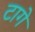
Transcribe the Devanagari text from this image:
टागे